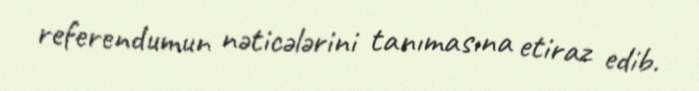
referendumun nəticələrini tanımasına etiraz edib.